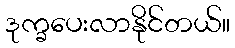
ဒုက္ခပေးလာနိုင်တယ်။